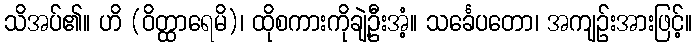
သိအပ်၏။ ဟိ (ဝိတ္ထာရေမိ)၊ ထိုစကားကိုချဲ့ဦးအံ့။ သင်္ခေပတော၊ အကျဉ်းအားဖြင့်။